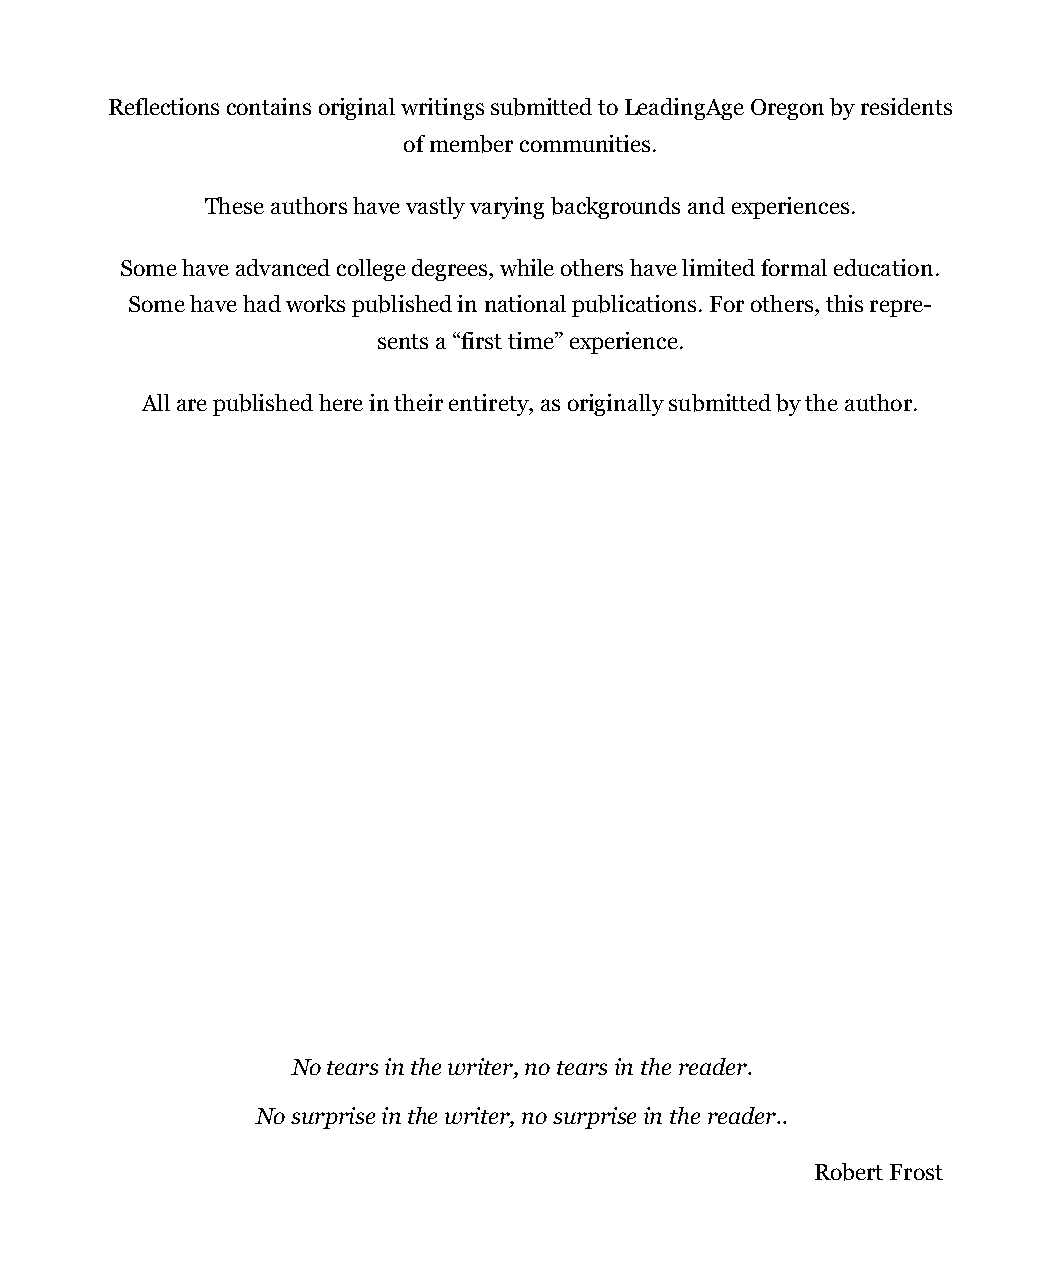
Reflections contains original writings submitted to LeadingAge Oregon by residents
 of member communities.
 These authors have vastly varying backgrounds and experiences.
 Some have advanced college degrees, while others have limited formal education.
 Some have had works published in national publications. For others, this repre-
 sents a “first time” experience.
 All are published here in their entirety, as originally submitted by the author.
 No tears in the writer, no tears in the reader.
 No surprise in the writer, no surprise in the reader..
 Robert Frost